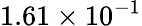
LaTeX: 1.61\times 10^{-1}